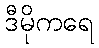
ဒီမိုကရေ